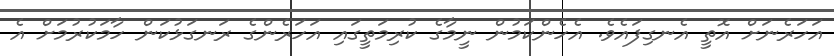
އަހަރެނަށް އޮތީ އެނގިފައެވެ. އެހެންކަމުން ނީމާގެ ކުރިމަތީގައި އަހަރެންގެ ރަނގަޅުކަން ހާމަކުރުމަށް އެ